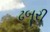
ઢબૂરી